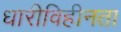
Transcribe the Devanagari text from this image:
धारीविहीनता